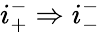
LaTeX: i_{+}^{-}\Rightarrow i_{-}^{-}